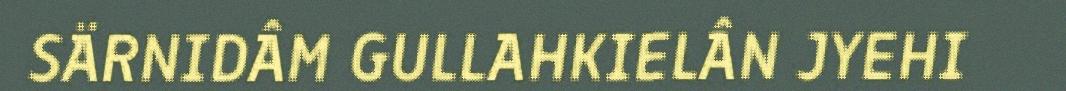
SÄRNIDÂM GULLAHKIELÂN JYEHI